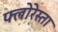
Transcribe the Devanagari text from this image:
फ्लोरेस्ता